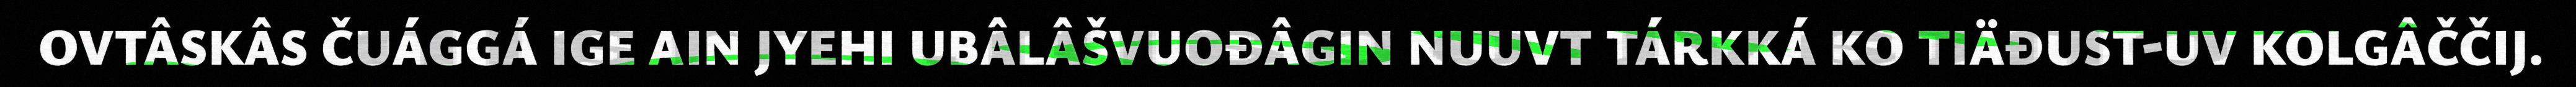
OVTÂSKÂS ČUÁGGÁ IGE AIN JYEHI UBÂLÂŠVUOĐÂGIN NUUVT TÁRKKÁ KO TIÄĐUST-UV KOLGÂČČIJ.